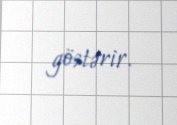
göstərir.